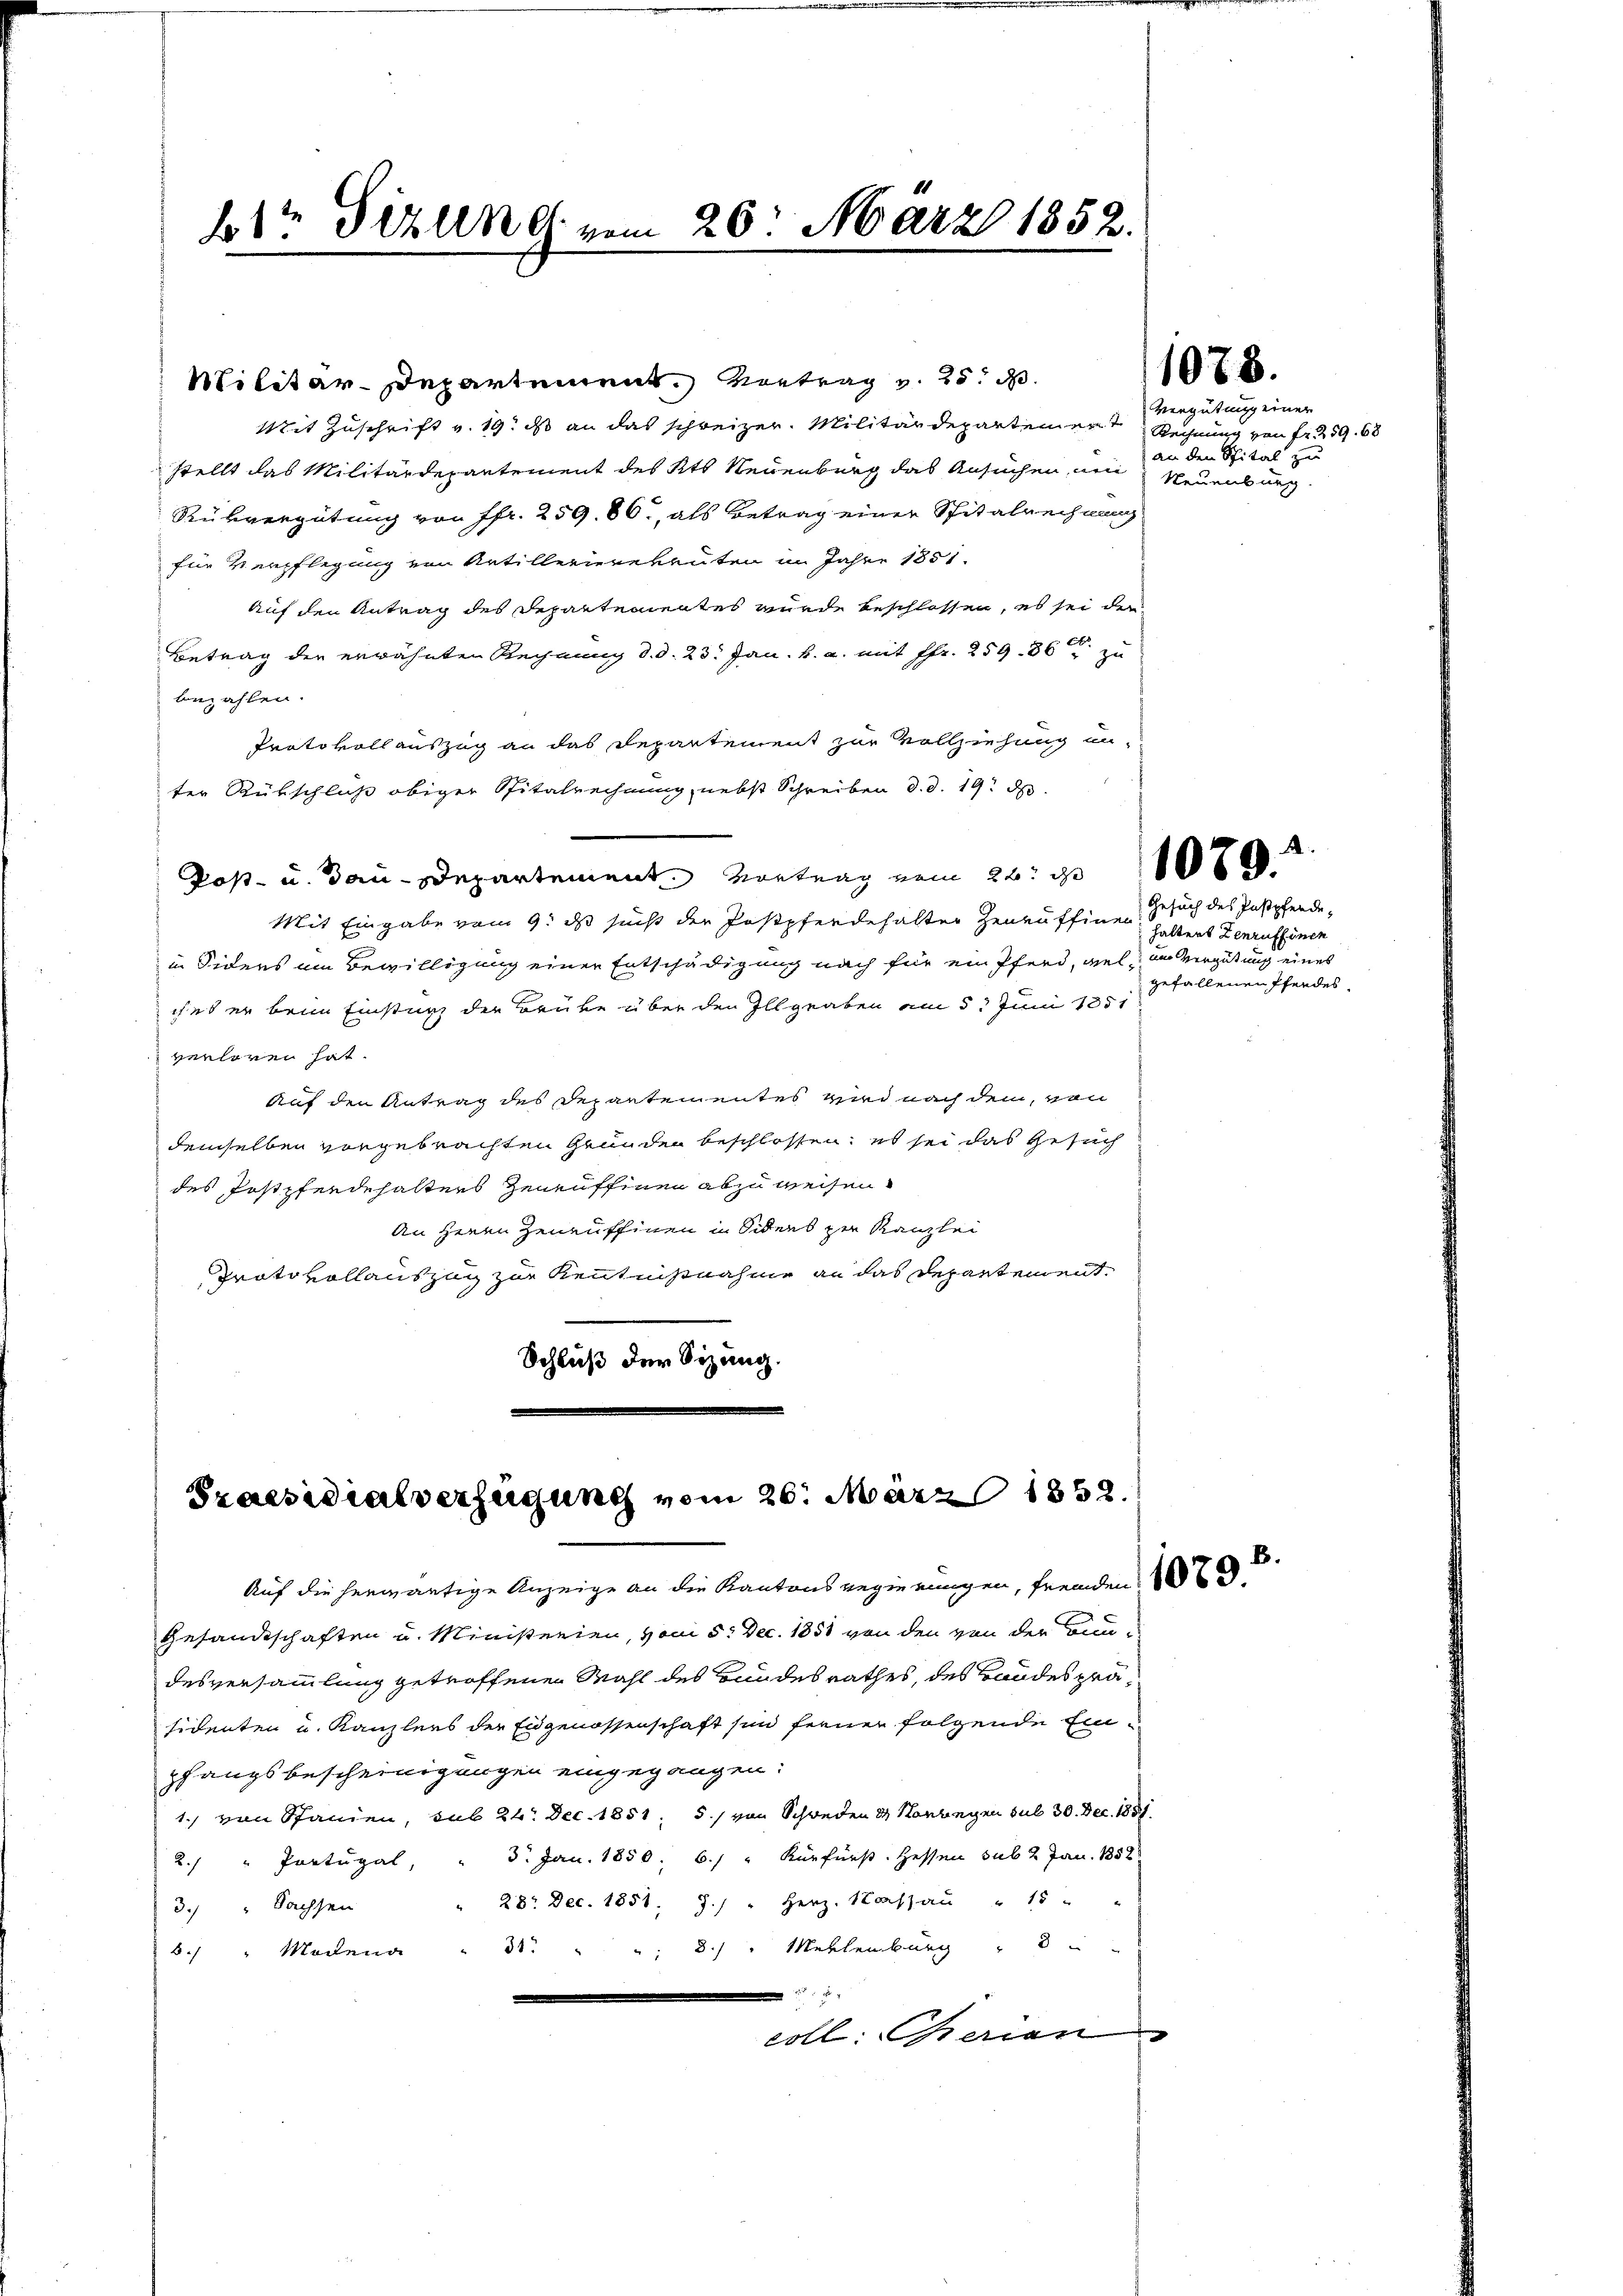
br Sizung vom 20. März 1852.

Mit Zuschrift v. 19. ds an das schreizer. Militärdepartement
stellt das Militärdepartement des Kts Neuenburg das Ansuchen, und Neuenburg
Rükvergütung von Pfr. 259. 86, als Betrag einer Spitalrechnung
für Verpflegung von Artillerierekruten im Jahre 1851.
Auf den Antrag des Departementes wurde beschlossen, es sei der
Betrag der erwähnten Rechnung d. d. 23. Jan. k. u. mit Fr. 259. 36 zu
bezahlen.
Protokollauszug an das Departement zur Vollziehung un-
ter Rückschluß obiger Spitalrechnung, nebst Schreiben d. d. 19. d.
Post- u. Bau-Departement Vortrag vom 26. d
Mit Eingabe vom 9. ds sucht der Postpferdehalter Zenruffine Gesuch des Postpferde
in Siders um Bewilligung einer Entschädigung nach für ein Pferd, viel um Vergütung eines
chet er beim Einsturz der Brüke über den Illgraben am 5. Juni 1851
verloren hat.
Auf den Antrag des Departementes wird nach dem, von
demselben vorgebrachten Gründen beschlossen; es sei das Gesuch
des Postpferdehalters Zeneuffinen abzuweisen
An Herrn Zenauffinen in Siders zu Kanzlei
Protokollauszug zur Kenntnißnahme an das Departement.
Schluß der Sizung.

Militär-Departement. Vortrag v. 25. d.

Praesidialverfügung vom 26. März 1852.

Gesandtschaften u. Ministerien, vom 5. Dec. 1888 von den von der Bedesversammlung getroffenen Wahl des Bundesrathes, des Bandespräsidenten u. Kanzlers der Eidgenossenschaft sind ferner folgende Einpfangsbescheinigungen eingegangen:
1.) von Spanien, sub 24. Dec. 1851; 5./ von Schweden & Horwegen sub 30. Dec. 1881
2. " Portugal, " 5. Jan. 1850, 6. " Kurfürst. Hessen sub 2 Jan. 1858
28. Dec. 1851. 7. " Herz. Wassau " 15
3. " Sachsen
8 " Mehlenburg           "
5 " Modena . 33. "
x
coll: Gerien

Auf die herwärtige Anzeige an die Kantons Regierungen, fremden 1857

1078.

Vergütung einer
Rechnung von Fr. 259. 68
an den Spital zu

halters Zenruffinen
gefallenen Pferdes,